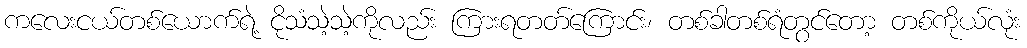
ကလေးငယ်တစ်ယောက်ရဲ့ ငိုသံသဲ့သဲ့ကိုလည်း ကြားရတတ်ကြောင်း၊ တစ်ခါတစ်ရံတွင်တော့ တစ်ကိုယ်လုံး